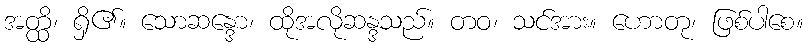
အတ္ထိ၊ ရှိ၏။ သောဆန္ဒော၊ ထိုအလိုဆန္ဒသည်။ တဝ၊ သင်အား။ ဟောတု၊ ဖြစ်ပါစေ။